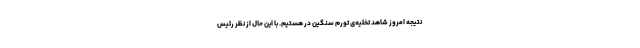
نتیجه امروز شاهد تخلیه‌ی تورم سنگین در هستیم. با این حال از نظر رئیس